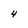
Character: 4